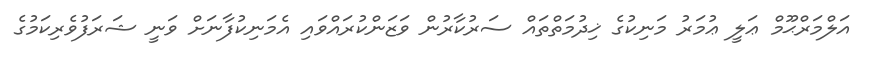
އަލްމަރްޙޫމް ޢަލީ ޢުމަރު މަނިކުގެ ޚިދުމަތްތައް ސަރުކާރުން ވަޒަންކުރައްވައި އެމަނިކުފާނަށް ވަނީ ޝަރަފުވެރިކަމުގެ